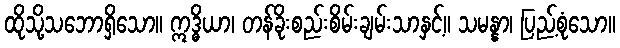
ထိုသို့သဘောရှိသော။ ဣဒ္ဓိယာ၊ တန်ခိုးစည်းစိမ်းချမ်းသာနှင့်။ သမန္နာ၊ ပြည့်စုံသော။